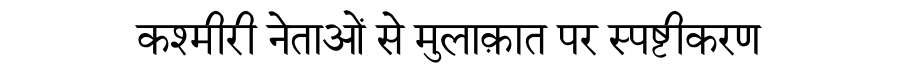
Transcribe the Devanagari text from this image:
कश्मीरी नेताओं से मुलाक़ात पर स्पष्टीकरण